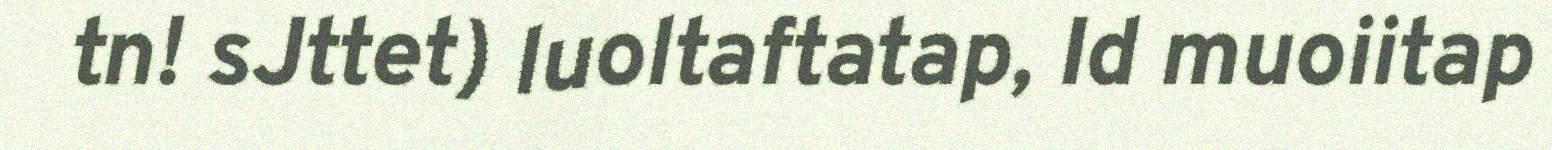
tn! sJttet) luoltaftatap, Id muoiitap